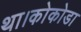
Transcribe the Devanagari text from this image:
था।कोकोडा